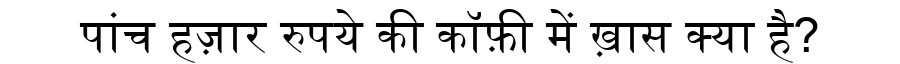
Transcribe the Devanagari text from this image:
पांच हज़ार रुपये की कॉफ़ी में ख़ास क्या है?